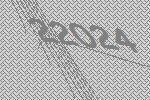
22024